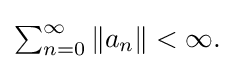
{\textstyle \sum _{n=0}^{\infty }\|a_{n}\|<\infty .}